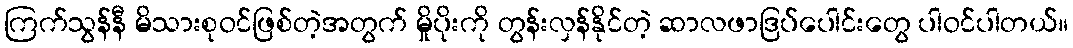
ကြက်သွန်နီ မိသားစုဝင်ဖြစ်တဲ့အတွက် မှိုပိုးကို တွန်းလှန်နိုင်တဲ့ ဆာလဖာဒြပ်ပေါင်းတွေ ပါဝင်ပါတယ်။